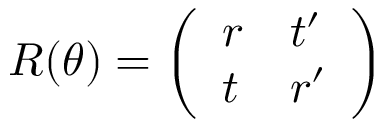
R ( \theta ) = { \left( \begin{array} { l l } { r } & { t ^ { \prime } } \\ { t } & { r ^ { \prime } } \end{array} \right) }